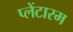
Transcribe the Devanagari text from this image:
प्लेंटारम